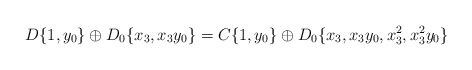
LaTeX: \begin{align*}D\{ 1, y_0 \} \oplus D_0 \{ x_3, x_3 y_0 \}=C\{ 1, y_0 \} \oplus D_0\{ x_3, x_3 y_0, x_3^2, x_3^2 y_0\}\end{align*}